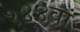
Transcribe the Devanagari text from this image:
१४४वां